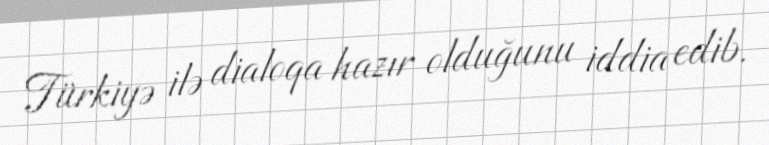
Türkiyə ilə dialoqa hazır olduğunu iddia edib.